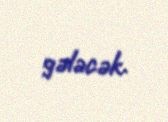
gələcək.